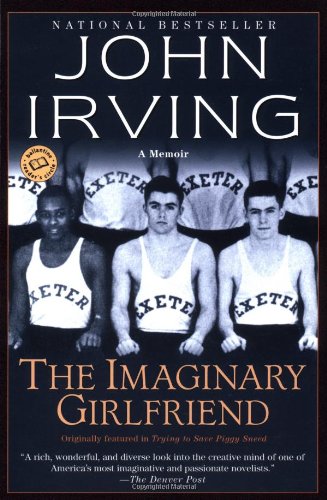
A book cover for The Imaginary Girlfriend: A Memoir; John Irving; Biographies & Memoirs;